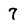
Character: 7